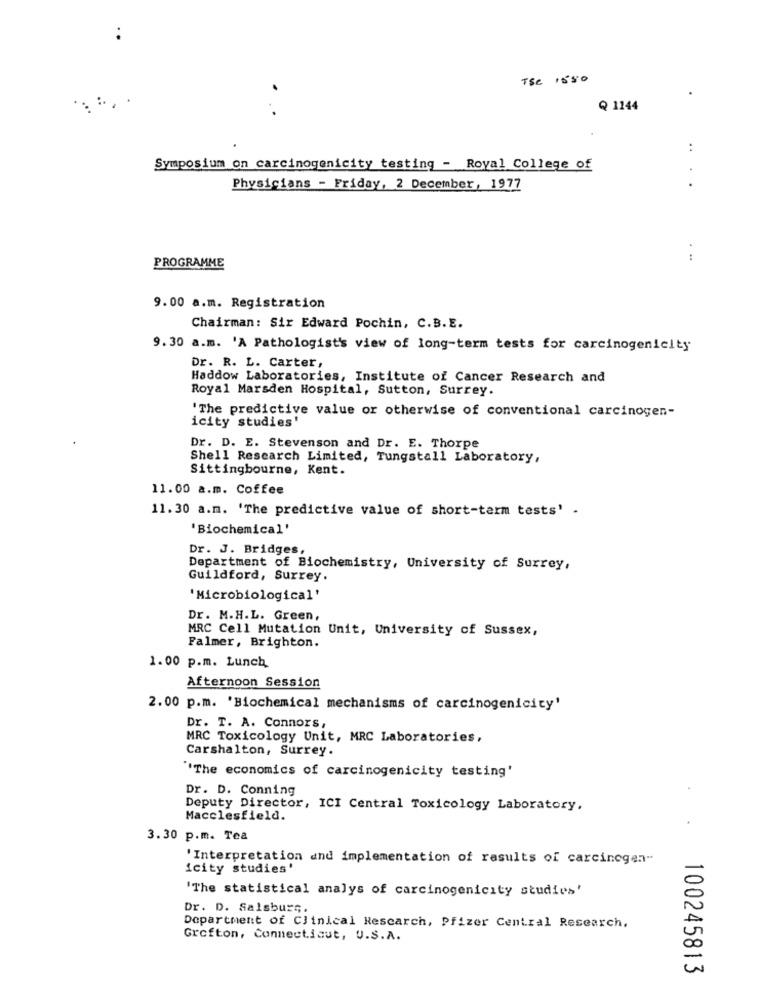
TSC 1550
Q 1144
:
Symposium on carcinogenicity testing - Royal College of
Physicians - Friday, 2 December, 1977
:
PROGRAMME
9.00 a.m. Registration
Chairman: Sir Edward Pochin, C.B.E.
9.30 a.m. 'A Pathologist's view of long-term tests for carcinogenicity
Dr. R. L. Carter,
Haddow Laboratories, Institute of Cancer Research and
Royal Marsden Hospital, Sutton, Surrey.
'The predictive value or otherwise of conventional carcinogen-
icity studies'
Dr. D. E. Stevenson and Dr. E. Thorpe
Shell Research Limited, Tungstall Laboratory,
Sittingbourne, Kent.
11.00 a.m. Coffee
11.30 a.m. 'The predictive value of short-term tests' .
'Biochemical'
Dr. J. Bridges,
Department of Biochemistry, University of Surrey,
Guildford, Surrey.
'Microbiological'
Dr. M.H.L. Green,
MRC Cell Mutation Unit, University of Sussex,
Falmer, Brighton.
1.00 p.m. Lunch
Afternoon Session
2.00 p.m. 'Biochemical mechanisms of carcinogenicity'
Dr. T. A. Connors,
MRC Toxicology Unit, MRC Laboratories,
Carshalton, Surrey.
"The economics of carcinogenicity testing'
Dr. D. Conning
Deputy Director, ICI Central Toxicology Laboratory.
Macclesfield.
3.30 p.m. Tea
'Interpretation and implementation of results of carcinogen-
icity studies'
'The statistical analys of carcinogenicity studies'
Dr. D. Salsburg.
Department of Clinical Research, Pfizer Central Research.
Grofton, Connecticut, U.S.A.
100245813